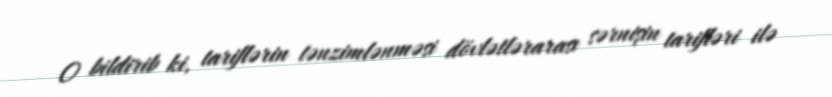
O bildirib ki, tariflərin tənzimlənməsi dövlətlərarası sərnişin tarifləri ilə